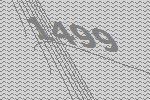
1499